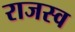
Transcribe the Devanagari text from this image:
राजस्व